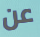
عن